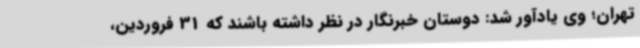
تهران؛ وی یادآور شد: دوستان خبرنگار در نظر داشته باشند که 31 فروردین،